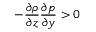
- \frac { \partial \rho } { \partial z } \frac { \partial p } { \partial y } > 0